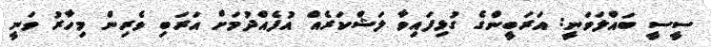
ސީސީ ބައްލަވަނީ: އަރަބީންގެ ގުޅިފައިވާ ލަޝްކަރެއް އުފެއްދުމަށް އަރަބި ވެރިން މިހާރު ވަނީ